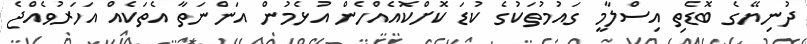
ދުނިޔޭގެ ބޮޑެތި އިސްލާމީ ގައުމުތަކުގެ ކުޑަ ކޮށްކޮއެއްހެން އުޅެމުން އަންނަތާ އެތަކެއް އަހަރުވެއްޖެ